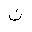
Letter: _non